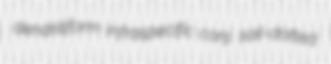
dendritiform infraspecific conj. sail-dotted